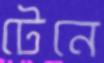
টেনে